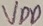
Text: VDD